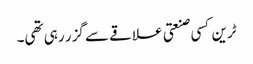
ٹرین کسی صنعتی علاقے سے گزر رہی تھی۔